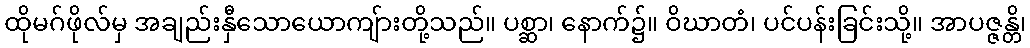
ထိုမဂ်ဖိုလ်မှ အချည်းနှီသောယောကျ်ားတို့သည်။ ပစ္ဆာ၊ နောက်၌။ ဝိဃာတံ၊ ပင်ပန်းခြင်းသို့။ အာပဇ္ဇန္တိ၊